Vaccination in the Punjab 1919-1929 - 1919-1929
Year: 1919
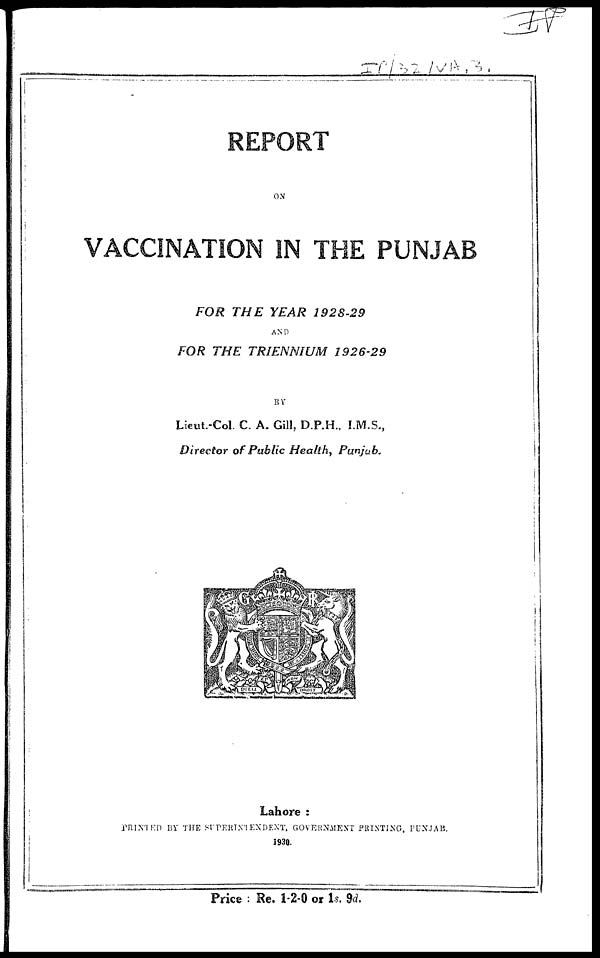
REPORT
ON
VACCINATION IN THE PUNJAB
FOR THE YEAR
1928-29
AND
FOR THE TRIENNIUM
1926-29
BY
Lieut.-Col. C. A. Gill, D.P.H., I.M.S.,
Director of Public Health, Punjab.
Lahore :
PRINTED BY THE SUPERINTENDENT, GOVERNMENT PRINTING, PUNJAB.
1930.
Price : Re. 1-2-0 or 1s. 9d.